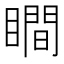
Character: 瞷